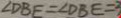
\angle D B E = \angle D B E = 3